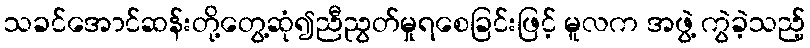
သခင်အောင်ဆန်းတို့တွေ့ဆုံ၍ညီညွတ်မှုရစေခြင်းဖြင့် မူလက အဖွဲ့ ကွဲခဲ့သည့်